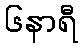
၆နာရီ